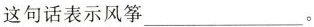
这句话表示风筝___。